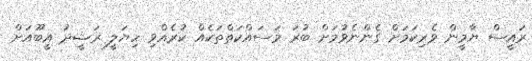
ރައީސް ޔާމީން ވެރިކަމަށް ގެންނެވުމަށް ބުރަ މަސައްކަތްތަކެއް ކުރެއްވި ހިޔަލީ ރަޝީދު އީބޫއަށް